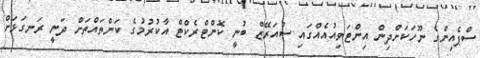
ސްޕެއިންގެ ނޫހަކަށްދިން އިންޓަވިއުއެއްގައި ސުއަރޭޒް ބުނީ ކޮންޓްރެކްޓް އާކުރުމުގެ ކަންތައްތަށް ދަނީ ރަނގަޅަށް